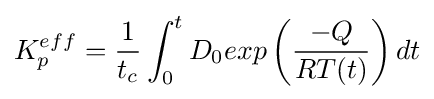
K_{p}^{eff}={\frac {1}{t_{c}}}\int _{0}^{t}D_{0}exp\left({\frac {-Q}{RT(t)}}\right)dt